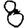
Digit: 8